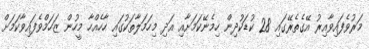
މަރުވެފައިވާއިރު އޭގެތެރޭގައި 28 ކުޑަކުދިން ހިމެނޭކަމަށާއި އަދި މިހަމަލާތަކުގައި ހާހެއްހާ މީހުން ޒަހަމްވެފައިވާކަމަށް